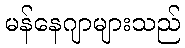
မန်နေဂျာများသည်